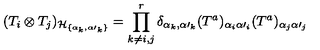
( T _ { i } \otimes T _ { j } ) _ { { \cal H } _ { \{ \alpha _ { k } , { \alpha \prime } _ { k } \} } } = \prod _ { k \ne i , j } ^ { r } \delta _ { \alpha _ { k } , { \alpha \prime } _ { k } } ( T ^ { a } ) _ { \alpha _ { i } { \alpha \prime } _ { i } } ( T ^ { a } ) _ { \alpha _ { j } { \alpha \prime } _ { j } }